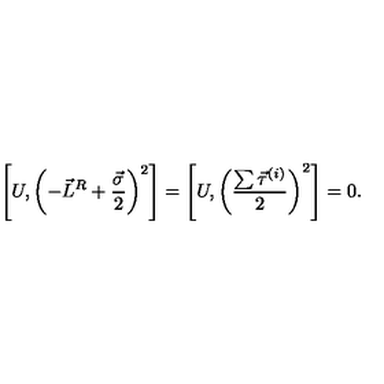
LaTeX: \left[ U , \left( - \vec { L } ^ { R } + \frac { \vec { \sigma } } { 2 } \right) ^ { 2 } \right] = \left[ U , \left( \frac { \sum \vec { \tau } ^ { ( i ) } } { 2 } \right) ^ { 2 } \right] = 0 .